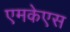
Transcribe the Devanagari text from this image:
एमकेएस